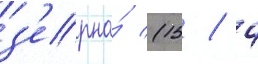
з'ерна́ (15 / 4